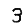
Digit: 3